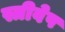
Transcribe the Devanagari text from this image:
स्त्रीवेष